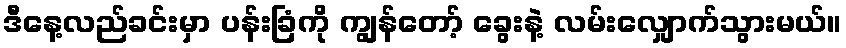
ဒီနေ့လည်ခင်းမှာ ပန်းခြံကို ကျွန်တော့် ခွေးနဲ့ လမ်းလျှောက်သွားမယ်။